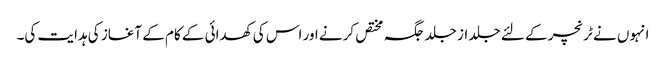
انہوں نے ٹرنچر کے لئے جلد از جلد جگہ مختص کرنے اور اس کی کھدائی کے کام کے آغاز کی ہدایت کی۔